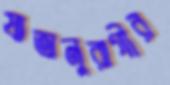
যাত্রানুরাগীর